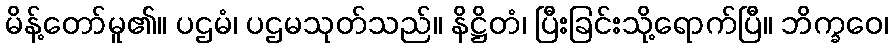
မိန့်တော်မူ၏။ ပဌမံ၊ ပဌမသုတ်သည်။ နိဋ္ဌိတံ၊ ပြီးခြင်းသို့ရောက်ပြီ။ ဘိက္ခဝေ၊